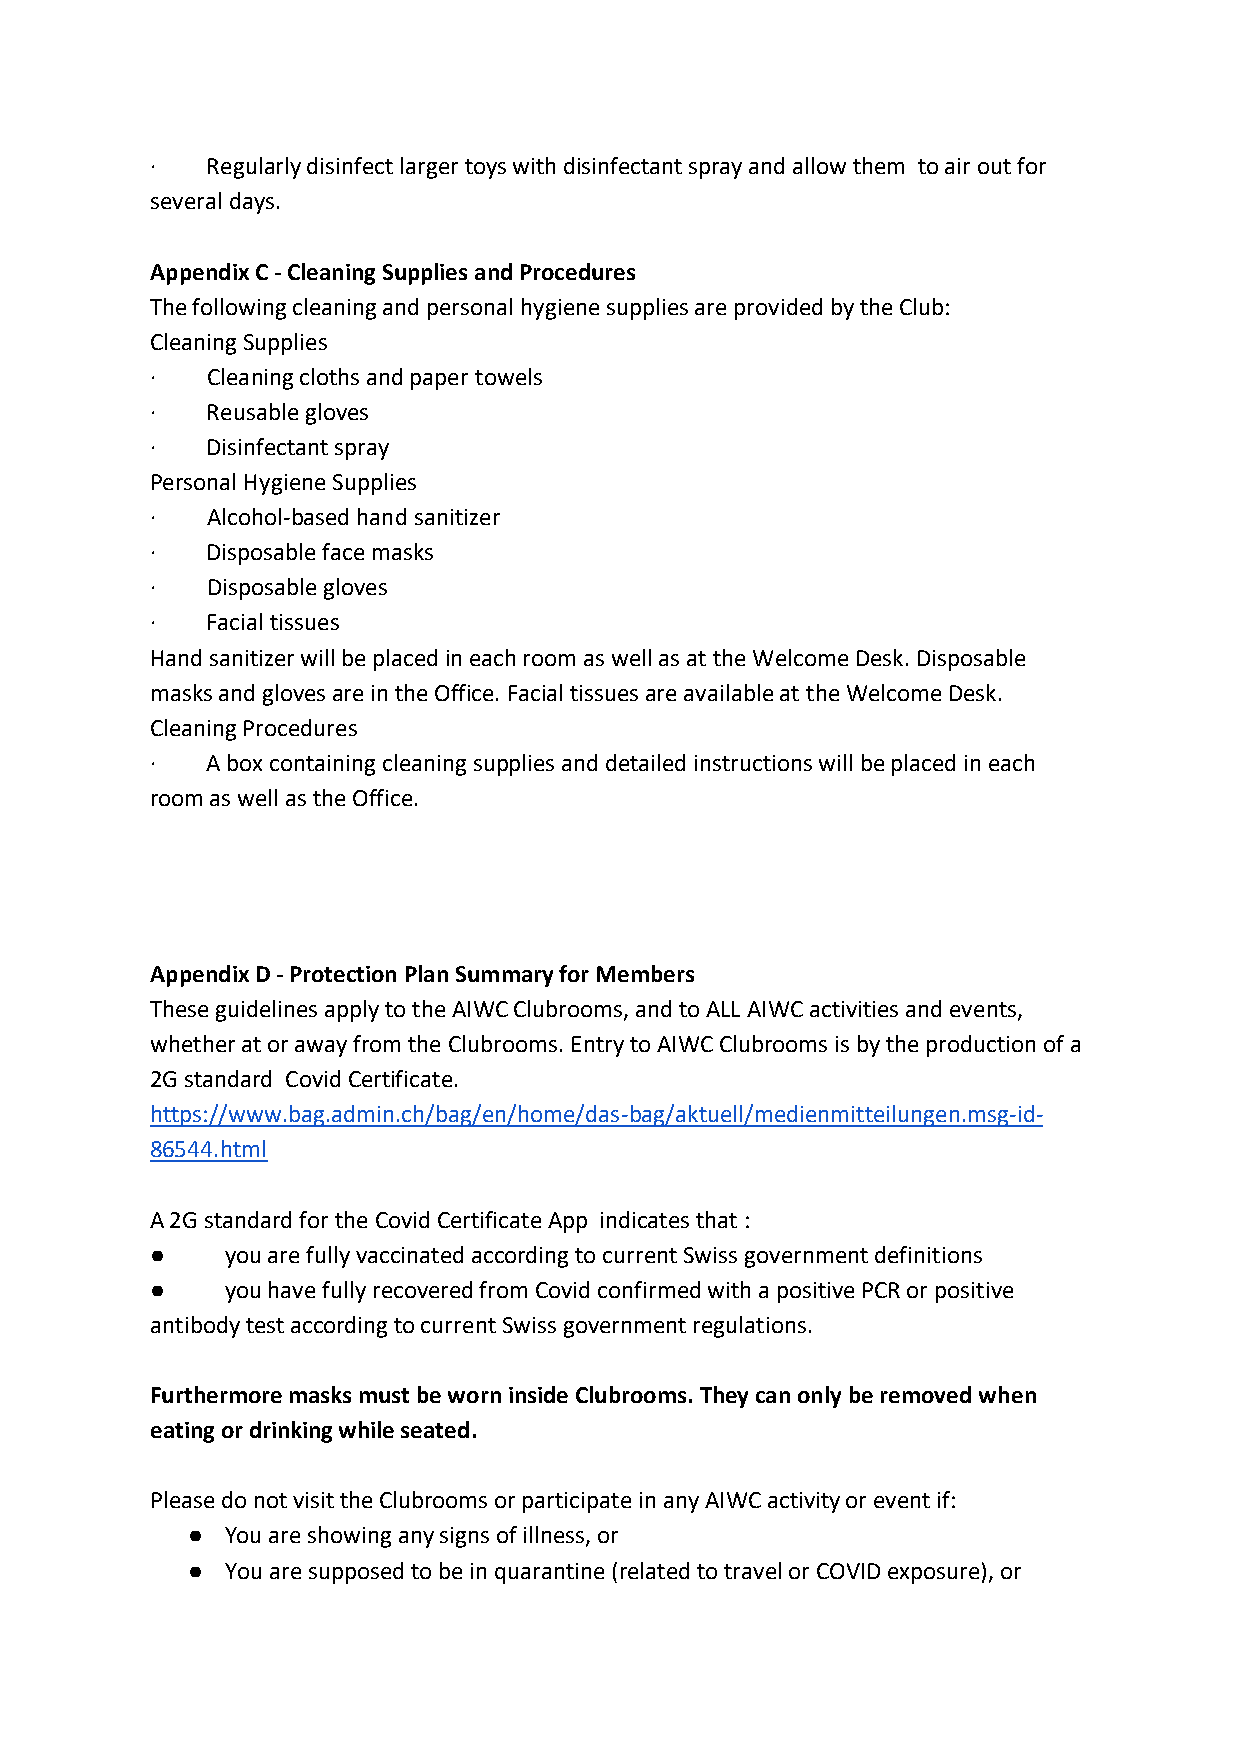
·   Regularly disinfect larger toys with disinfectant spray and allow them to air out for
 several days.
 Appendix C - Cleaning Supplies and Procedures
 The following cleaning and personal hygiene supplies are provided by the Club:
 Cleaning Supplies
 ·   Cleaning cloths and paper towels
 ·   Reusable gloves
 ·   Disinfectant spray
 Personal Hygiene Supplies
 ·   Alcohol-based hand sanitizer
 ·   Disposable face masks
 ·   Disposable gloves
 ·   Facial tissues
 Hand sanitizer will be placed in each room as well as at the Welcome Desk. Disposable
 masks and gloves are in the Office. Facial tissues are available at the Welcome Desk.
 Cleaning Procedures
 ·   A box containing cleaning supplies and detailed instructions will be placed in each
 room as well as the Office.
 Appendix D - Protection Plan Summary for Members
 These guidelines apply to the AIWC Clubrooms, and to ALL AIWC activities and events,
 whether at or away from the Clubrooms. Entry to AIWC Clubrooms is by the production of a
 2G standard Covid Certificate.
 https://www.bag.admin.ch/bag/en/home/das-bag/aktuell/medienmitteilungen.msg-id-
 86544.html
 A 2G standard for the Covid Certificate App indicates that :
 ●    you are fully vaccinated according to current Swiss government definitions
 ●    you have fully recovered from Covid confirmed with a positive PCR or positive
 antibody test according to current Swiss government regulations.
 Furthermore masks must be worn inside Clubrooms. They can only be removed when
 eating or drinking while seated.
 Please do not visit the Clubrooms or participate in any AIWC activity or event if:
 ●  You are showing any signs of illness, or
 ●  You are supposed to be in quarantine (related to travel or COVID exposure), or